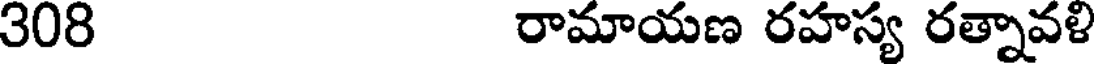
308 రామాయణ రహస్య రత్నావళి